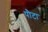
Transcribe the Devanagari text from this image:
पौटा